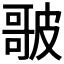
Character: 𭊣